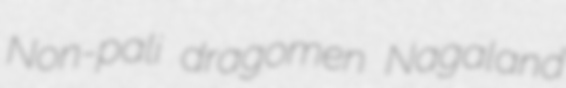
Non-pali dragomen Nagaland